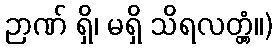
ဉာဏ် ရှိ၊ မရှိ သိရလတ္တံ့။)